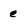
Character: e